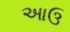
આઉ